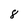
Character: 8